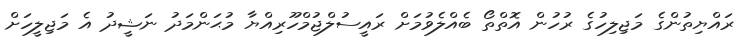
ރައްޔިތުންގެ މަޖިލިހުގެ ރުހުން އޮތްތޯ ބެއްލެވުމަށް ރައީސުލްޖުމްހޫރިއްޔާ މުޙަންމަދު ނަޝީދު އެ މަޖިލީހަށް